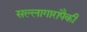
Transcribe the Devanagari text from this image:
सल्लागारांपैकी